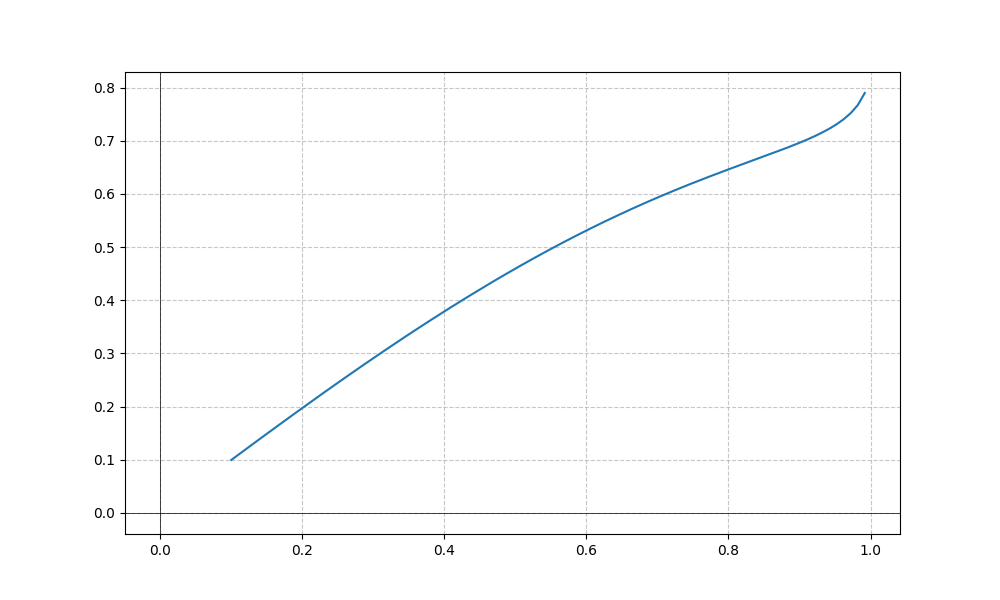
LaTeX formula: \cos{\left(x \right)} \operatorname{asin}{\left(x \right)}